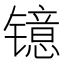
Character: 镱